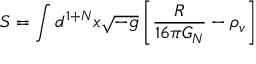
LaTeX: S = \int d ^ { 1 + N } x \sqrt { - g } \left[ \frac { R } { 1 6 \pi G _ { N } } - \rho _ { v } \right]